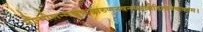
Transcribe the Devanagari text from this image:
प्रोन्मीलन्मञ्जुकञ्जारुणनवनयनव्रीडितानेककाम।